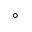
^ \circ